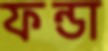
ফন্ডা